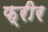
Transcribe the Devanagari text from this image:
फ्रीर